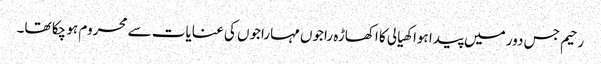
رحیم جس دور میں پیدا ہوا کھیالی کا اکھاڑہ راجوں مہاراجوں کی عنایات سے محروم ہو چکا تھا۔